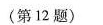
（第23题）